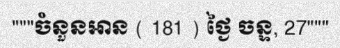
"""ចំនួនអាន ( 181 ) ថ្ងៃ ចន្ទ, 27"""